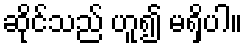
ဆိုင်သည် ဟူ၍ မရှိပါ။